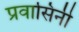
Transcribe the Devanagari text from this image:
प्रवासिनी